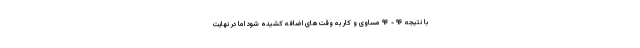
با نتیجه ۹۶ - ۹۶ مساوی و کار به وقت‌های اضافه کشیده شود اما در نهایت